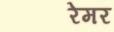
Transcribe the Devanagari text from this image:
रेमर